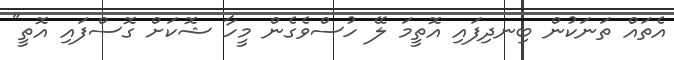
އެތައް ތަނަކުން ބިނދިފައި އޮތީމަ ލޭ ހުސްވެގެން މީހާ ޝޮކަށް ގޮސްފައި އޮތީ"